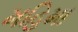
મહિમા